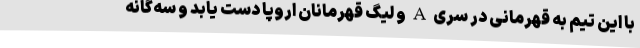
با این تیم به قهرمانی در سری A و لیگ قهرمانان اروپا دست یابد و سه‌گانه